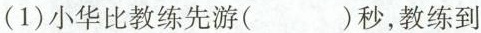
(1)小华比教练先游( )秒，教练到